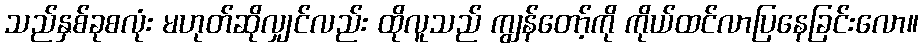
သည်နှစ်ခုစလုံး မဟုတ်ဆိုလျှင်လည်း ထိုလူသည် ကျွန်တော့်ကို ကိုယ်ထင်လာပြနေခြင်းလော။